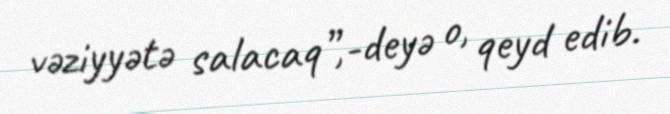
vəziyyətə salacaq”,-deyə o, qeyd edib.